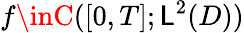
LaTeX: f\inC([0,T];\mathsf{L}^{2}(D))